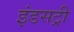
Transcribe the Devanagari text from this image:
इंडसट्री